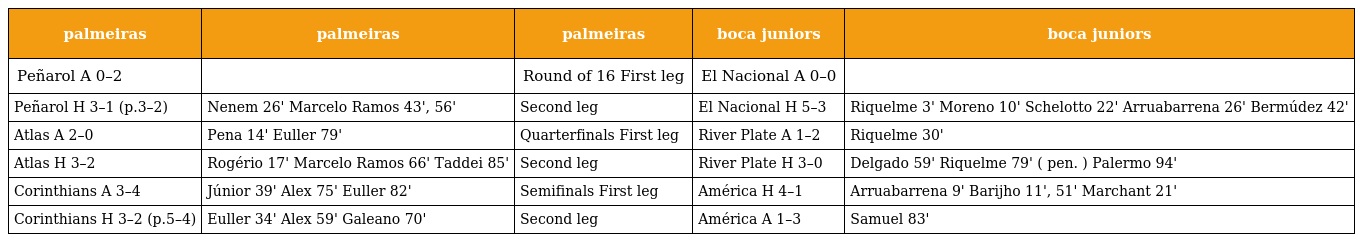
| palmeiras | palmeiras | palmeiras | boca juniors | boca juniors |
 | --- | --- | --- | --- | --- |
 | Peñarol A 0–2 |  | Round of 16 First leg | El Nacional A 0–0 |  |
 | Peñarol H 3–1 (p.3–2) | Nenem 26' Marcelo Ramos 43', 56' | Second leg | El Nacional H 5–3 | Riquelme 3' Moreno 10' Schelotto 22' Arruabarrena 26' Bermúdez 42' |
 | Atlas A 2–0 | Pena 14' Euller 79' | Quarterfinals First leg | River Plate A 1–2 | Riquelme 30' |
 | Atlas H 3–2 | Rogério 17' Marcelo Ramos 66' Taddei 85' | Second leg | River Plate H 3–0 | Delgado 59' Riquelme 79' ( pen. ) Palermo 94' |
 | Corinthians A 3–4 | Júnior 39' Alex 75' Euller 82' | Semifinals First leg | América H 4–1 | Arruabarrena 9' Barijho 11', 51' Marchant 21' |
 | Corinthians H 3–2 (p.5–4) | Euller 34' Alex 59' Galeano 70' | Second leg | América A 1–3 | Samuel 83' |